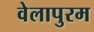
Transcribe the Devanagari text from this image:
वेलापुरम